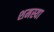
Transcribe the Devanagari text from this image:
शमस्या